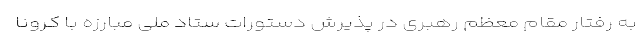
به رفتار مقام معظم رهبری در پذیرش دستورات ستاد ملی مبارزه با کرونا